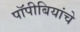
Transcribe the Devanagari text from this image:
पॉपीबियांचे